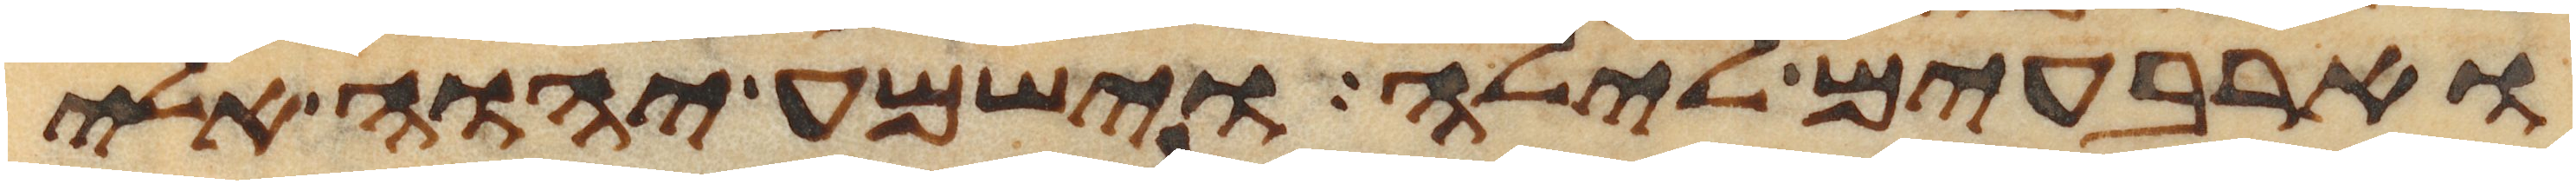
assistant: וארבעים לילה וישמע יהוה אלי